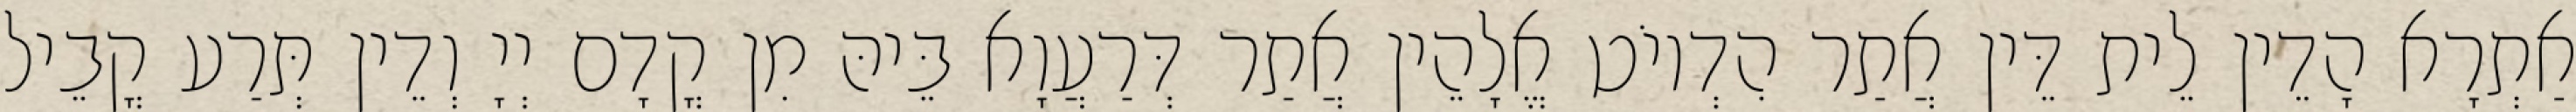
אַתְרָא הָדֵין לֵית דֵּין אֲתַר הִדְיוֹט אֱלָהֵין אֲתַר דְּרַעֲוָא בֵּיהּ מִן קֳדָם יְיָ וְדֵין תְּרַע קֳבֵיל